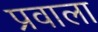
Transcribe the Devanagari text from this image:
प्रवाला